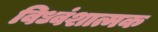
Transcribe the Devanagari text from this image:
विध्वंशात्मक